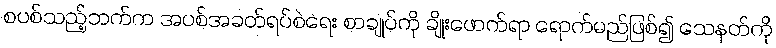
စပစ်သည့်ဘက်က အပစ်အခတ်ရပ်စဲရေး စာချုပ်ကို ချိုးဖောက်ရာ ရောက်မည်ဖြစ်၍ သေနတ်ကို